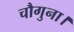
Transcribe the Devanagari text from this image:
चौगुना।